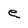
Character: e